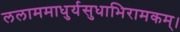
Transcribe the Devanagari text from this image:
ललाममाधुर्यसुधाभिरामकम्।